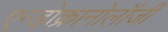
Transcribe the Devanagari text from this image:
एन्डोक्रानोलॉजी